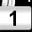
Digit: 1